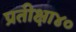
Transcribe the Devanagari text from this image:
प्रतीक्षा४०